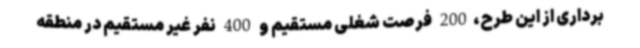
برداری از این طرح،200 فرصت شغلی مستقیم و 400 نفر غیر مستقیم در منطقه